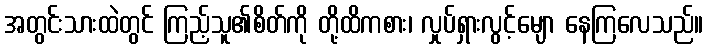
အတွင်းသားထဲတွင် ကြည့်သူ၏စိတ်ကို တို့ထိကစား၊ လှုပ်ရှားလွင့်မျော နေကြလေသည်။